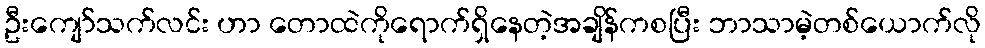
ဦးကျော်သက်လင်း ဟာ တောထဲကိုရောက်ရှိနေတဲ့အချိန်ကစပြီး ဘာသာမဲ့တစ်ယောက်လို